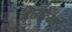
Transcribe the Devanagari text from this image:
शिरोरे़खा